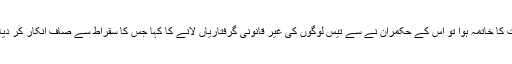
404ق م کی دہشت ناکی کے ذریعے جب ایتھنز کی شہنشاہت کا خاتمہ ہوا تو اس کے حکمران نے سے تیس لوگوں کی غیر قانونی گرفتاریاں لانے کا کہا جس کا سقراط سے صاف انکار کر دیااگرچہ وہ جانتا تھا اسے اس کی بھاری قیمت چکانا پڑے گی۔